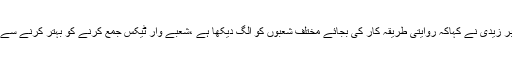
چیئر مین ایف بی آر شبر زیدی نے کہاکہ روایتی طریقہ کار کی بجائے مختلف شعبوں کو الگ دیکھا ہے ،شعبے وار ٹیکس جمع کرنے کو بہتر کرنے سے ہدف حاصل ہو جائیگا۔